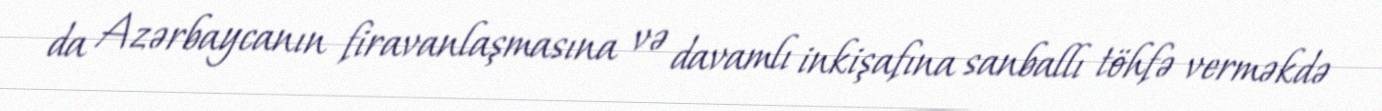
da Azərbaycanın firavanlaşmasına və davamlı inkişafına sanballı töhfə verməkdə